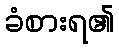
ခံစားရ၏